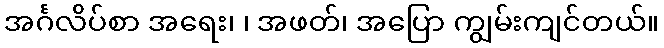
အင်္ဂလိပ်စာ အရေး၊ ၊ အဖတ်၊ အပြော ကျွမ်းကျင်တယ်။